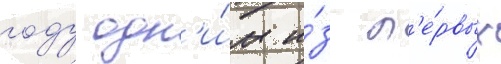
году одн'и́м и́з п'е́рвых